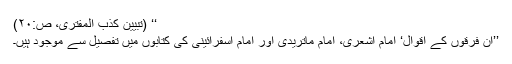
‘‘ (تبیین کذب المفتری، ص:۲۰)
’’ان فرقوں کے اَقوال‘ امام اشعریؒ، امام ماتریدیؒ اور امام اسفرائینیؒ کی کتابوں میں تفصیل سے موجود ہیں۔